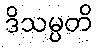
ဒိသမ္ပတိ